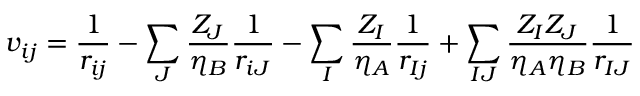
v _ { i j } = \frac { 1 } { r _ { i j } } - \sum _ { J } \frac { Z _ { J } } { \eta _ { B } } \frac { 1 } { r _ { i J } } - \sum _ { I } \frac { Z _ { I } } { \eta _ { A } } \frac { 1 } { r _ { I j } } + \sum _ { I J } \frac { Z _ { I } Z _ { J } } { \eta _ { A } \eta _ { B } } \frac { 1 } { r _ { I J } }